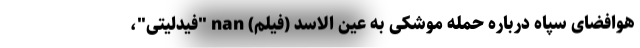
هوافضای سپاه درباره حمله موشکی به عین الاسد (فیلم) nan "فیدلیتی"،